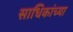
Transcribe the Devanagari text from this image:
साधिकांच्या